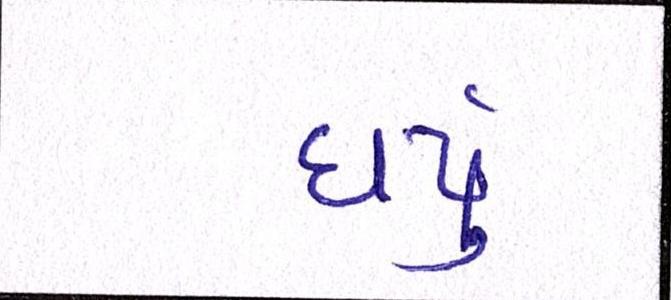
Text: ધર્યું